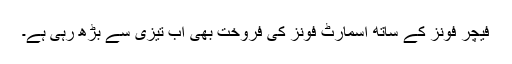
فیچر فونز کے ساتھ اسمارٹ فونز کی فروخت بھی اب تیزی سے بڑھ رہی ہے۔